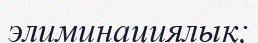
элиминациялық;